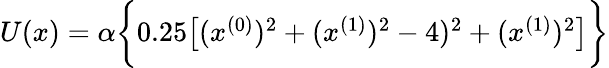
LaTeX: \begin{array}{r}{U(x)=\alpha\biggl\{ 0.25\bigl[(x^{(0)})^{2}+(x^{(1)})^{2}-4)^{2}+(x^{(1)})^{2}\bigl]\biggr\} }\end{array}